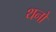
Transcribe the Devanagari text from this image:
थनो